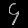
Digit: ၄